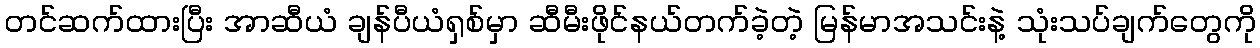
တင်ဆက်ထားပြီး အာဆီယံ ချန်ပီယံရှစ်မှာ ဆီမီးဖိုင်နယ်တက်ခဲ့တဲ့ မြန်မာအသင်းနဲ့ သုံးသပ်ချက်တွေကို